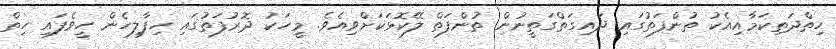
ހިތްދަތިކަމާއިއެކު ތުންފަތުގައި ދައިގަތްގަތީނުން ތުންފަތް ލޭކޮޅަކަށްވިއެވެ. މީހަކު ދޮރުފަތުގައި ހިފާލިހެން ހީވެފައި ހިތް